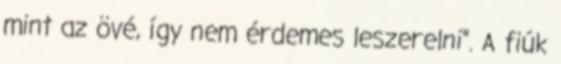
mint az övé, így nem érdemes leszerelni". A fiúk